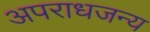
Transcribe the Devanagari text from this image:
अपराधजन्य